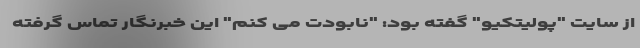
از سایت "پولیتکیو" گفته بود: "نابودت می کنم" این خبرنگار تماس گرفته